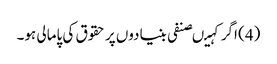
(4) اگر کہیںصنفی بنیادوں پر حقوق کی پامالی ہو۔